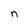
Character: n